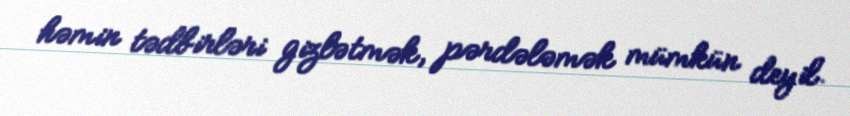
həmin tədbirləri gizlətmək, pərdələmək mümkün deyil.